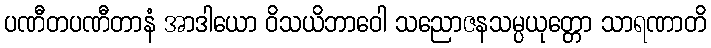
ပဏီတပဏီတာနံ အာဒါယော ဝိသယိဘာဝေါ သညောဇနသမ္ပယုတ္တော သာရဏာတိ